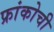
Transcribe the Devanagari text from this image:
फ्रांकोची